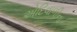
એદિવાળીના